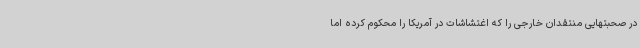
در صحبتهایی منتقدان خارجی را که اغتشاشات در آمریکا را محکوم کرده اما